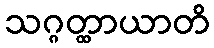
သဂ္ဂတ္ထာယာတိ